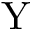
\mathrm { Y }